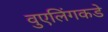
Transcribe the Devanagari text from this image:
वुएलिंगकडे